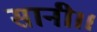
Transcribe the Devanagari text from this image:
सानी।।